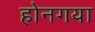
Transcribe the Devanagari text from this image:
होनगया